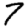
Digit: 7